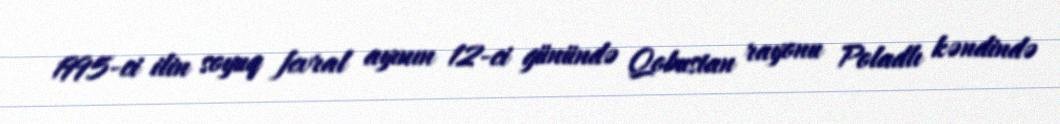
1995-ci ilin soyuq fevral ayının 12-ci günündə Qobustan rayonu Poladlı kəndində